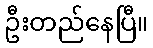
ဦးတည်နေပြီ။